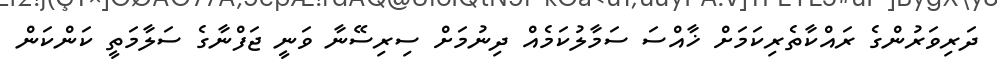
ދަރިވަރުންގެ ރައްކާތެރިކަމަށް ޚާާއްސަ ސަމާލުކަމެއް ދިނުމަށް ސިރިސޭނާ ވަނީ ޖަފްނާގެ ސަލާމަތީ ކަންކަން